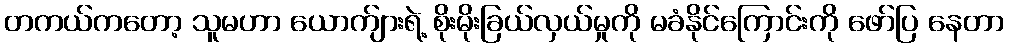
တကယ်ကတော့ သူမဟာ ယောက်ျားရဲ့ စိုးမိုးခြယ်လှယ်မှုကို မခံနိုင်ကြောင်းကို ဖော်ပြ နေတာ